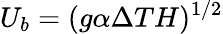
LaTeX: U_{b}=(g\alpha\Delta TH)^{1/2}